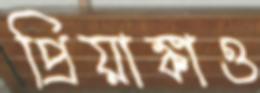
প্রিয়াঙ্কাও